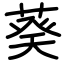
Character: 葵